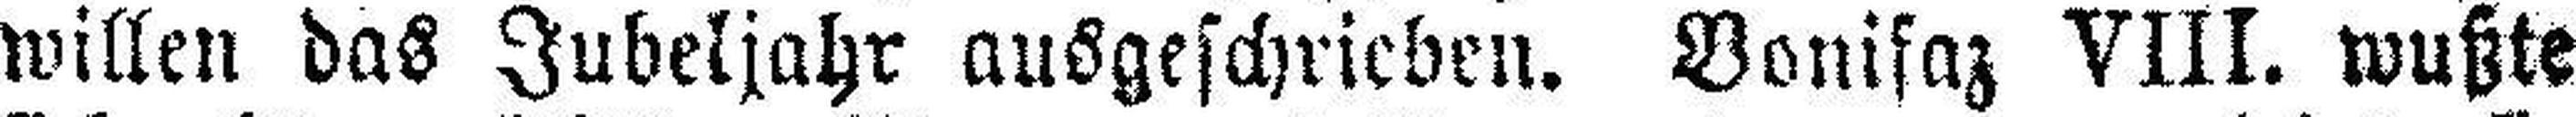
willen das Jubeljahr ausgeschrieben. Bonifaz VIII. wußte